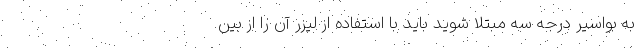
به بواسیر درجه سه مبتلا شوید باید با استفاده از لیزر آن را از بین